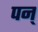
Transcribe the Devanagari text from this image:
पन्